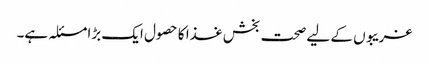
غریبوں کے لیے صحت بخش غذا کا حصول ایک بڑا مسئلہ ہے۔